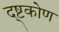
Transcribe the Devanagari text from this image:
द्ष्टकोण